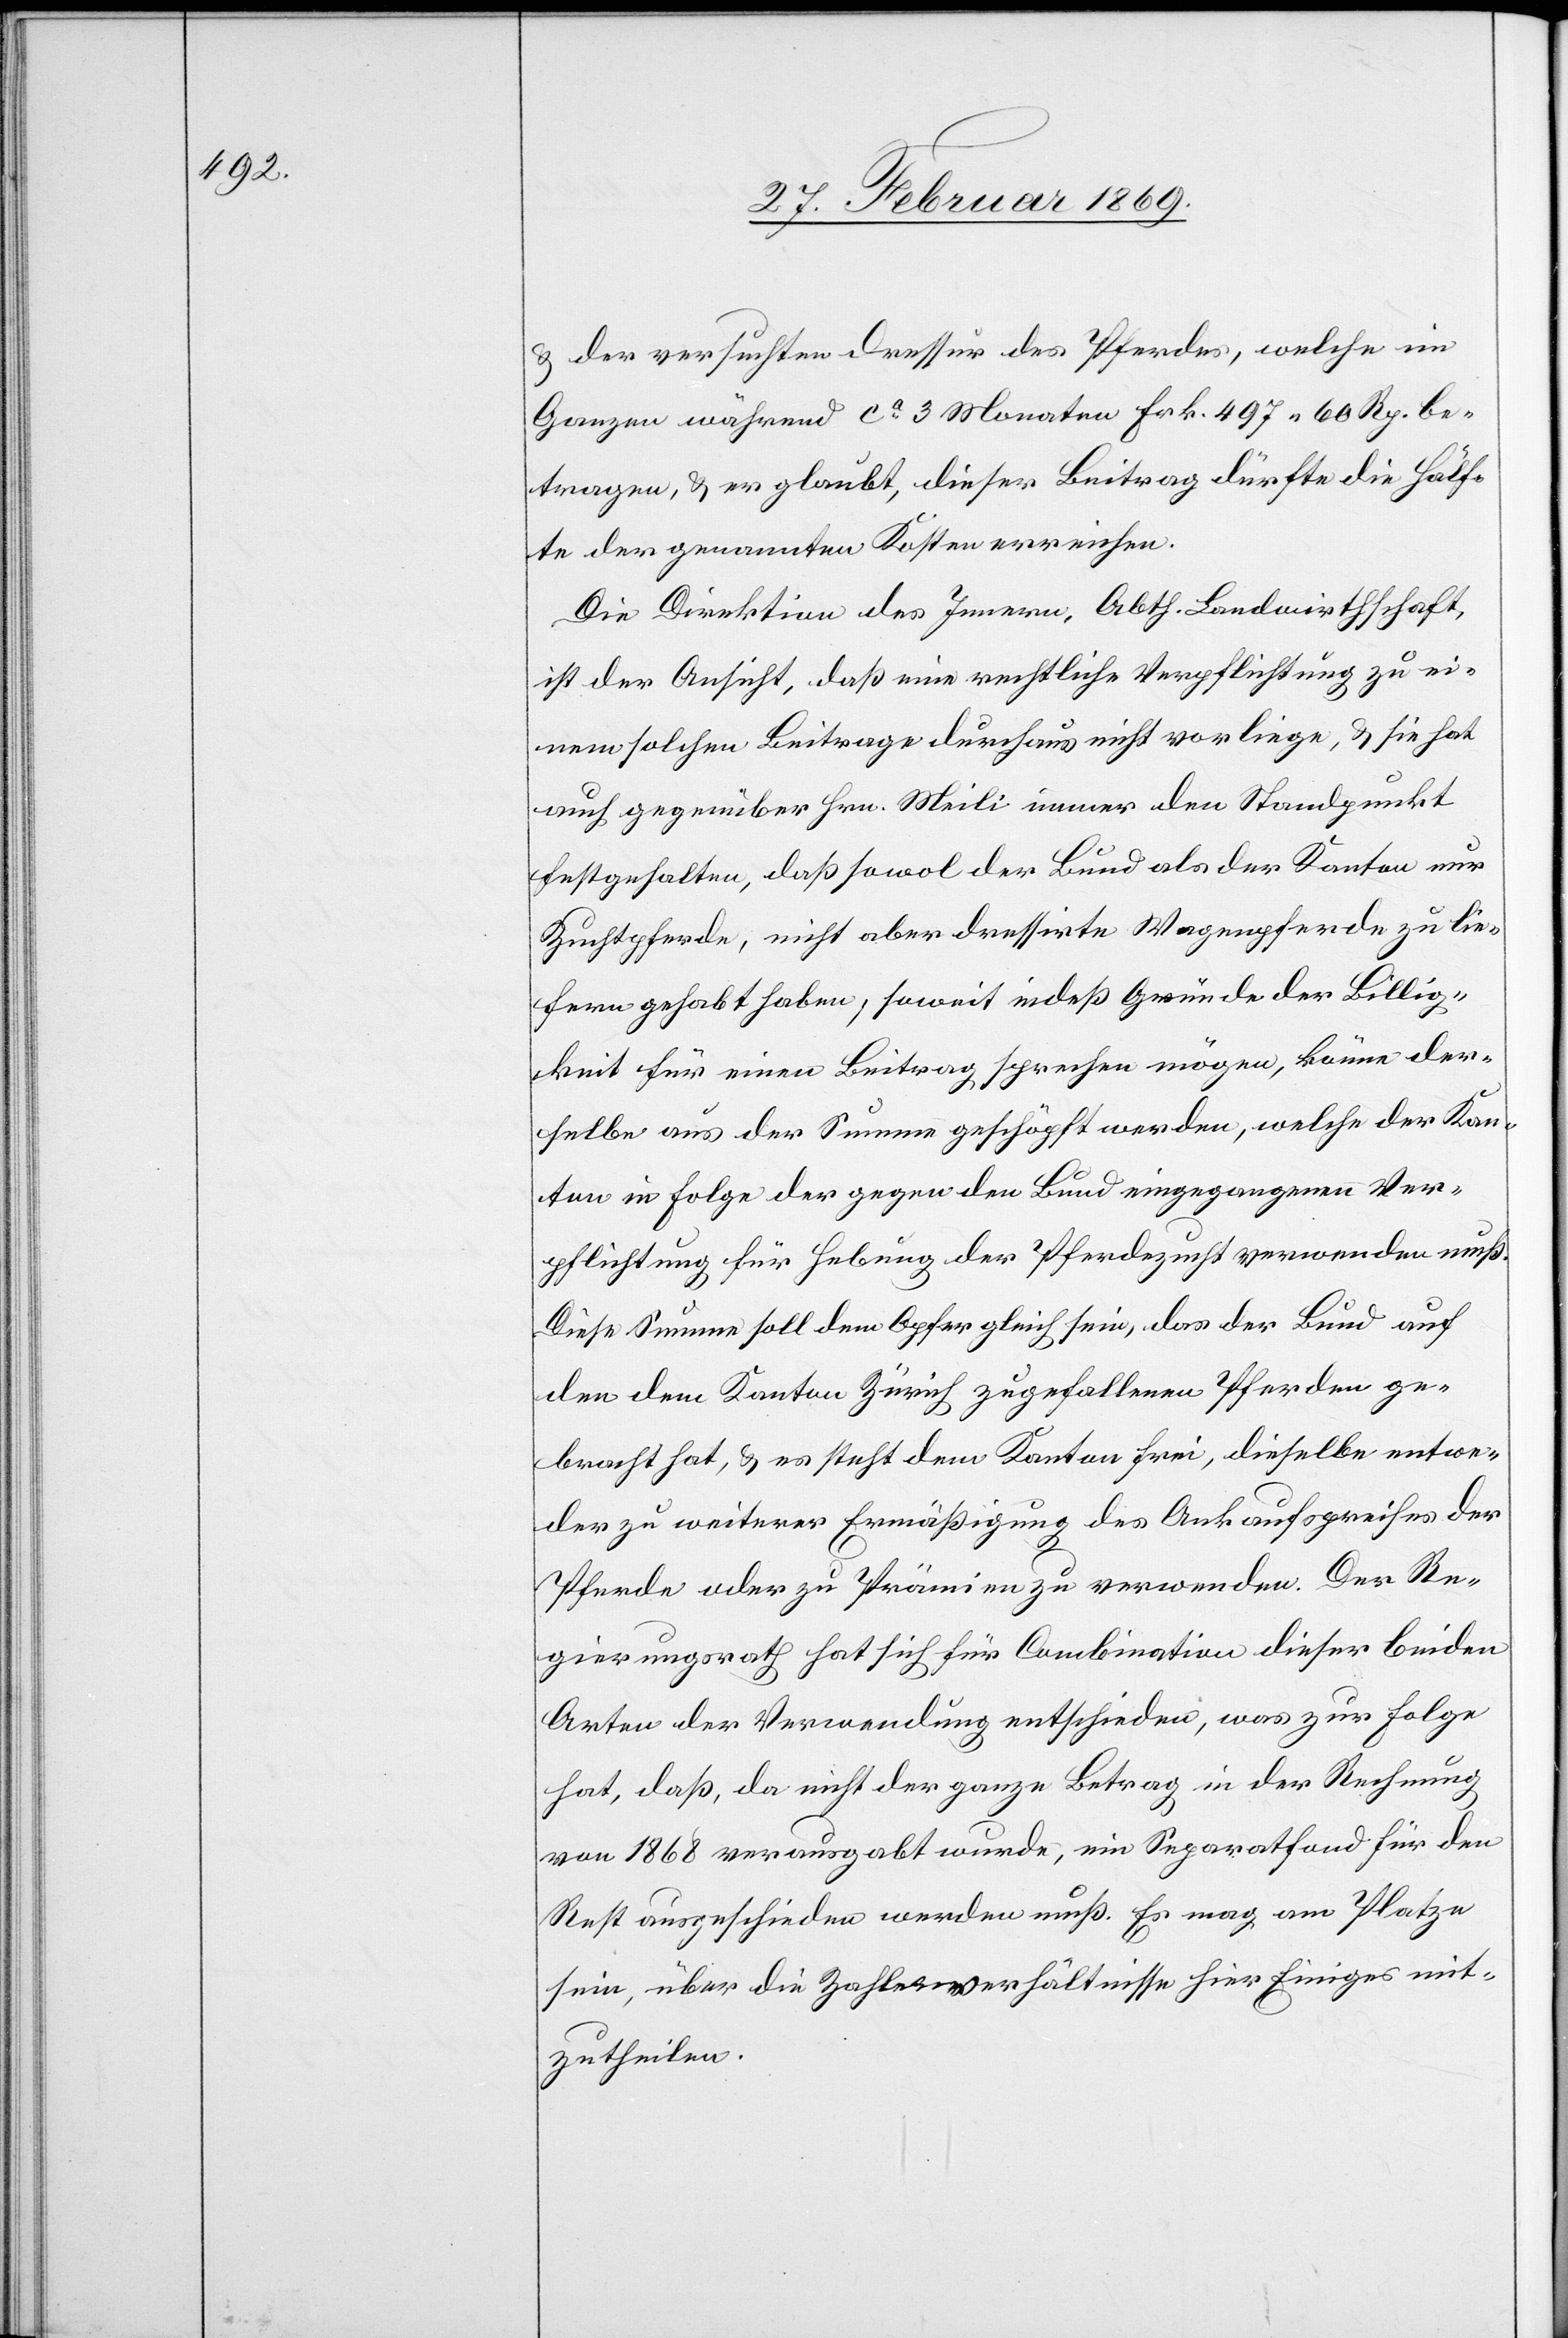
& der versuchten Dressur des Pferdes, welche im
Ganzen während ca 3 Monaten Frk. 497 60 Rp. be¬
tragen, & er glaubt, dieser Beitrag dürfte die Hälf¬
te der genannten Kosten erreichen.
Die Direktion des Innern, Abth. Landwirthschaft,
ist der Ansicht, daß eine rechtliche Verpflichtung zu ei¬
nem solchen Beitrage durchaus nicht vorliege, & sie hat
auch gegenüber Hrn. Meili immer den Standpunkt
festgehalten, daß sowol der Bund als der Kanton nur
Zuchtpferde, nicht aber dressirte Wagenpferde zu lie¬
fern gehabt haben, soweit indeß Gründe der Billig¬
keit für einen Beitrag sprechen mögen, könne der¬
selbe aus der Summe geschöpft werden, welche der Kan¬
ton in Folge der gegen den Bund eingegangenen Ver¬
pflichtung für Hebung der Pferdezucht verwenden muß.
Diese Summe soll dem Opfer gleich sein, das der Bund auf
den dem Kanton Zürich zugefallenen Pferden ge¬
bracht hat, & es steht dem Kanton frei, dieselbe entwe¬
der zu weiterer Ermäßigung des Ankaufspreises der
Pferde oder zu Prämien zu verwenden. Der Re¬
gierungsrath hat sich für Combination dieser beiden
Arten der Verwendung entschieden, was zur Folge
hat, daß, da nicht der ganze Betrag in der Rechnung
von 1868 verausgabt wurde, ein Separatfond für den
Rest ausgeschieden werden muß. Es mag am Platze
sein, über die Zahlverhältnisse hier Einiges mit¬
zutheilen.